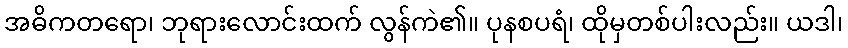
အဓိကတရော၊ ဘုရားလောင်းထက် လွန်ကဲ၏။ ပုနစပရံ၊ ထိုမှတစ်ပါးလည်း။ ယဒါ၊